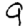
Digit: 9